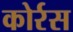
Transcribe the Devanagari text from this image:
कोर्रस